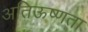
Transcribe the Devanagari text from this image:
अतिऊष्णता